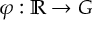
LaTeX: \varphi : \mathbb { R } \to G